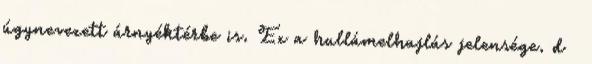
úgynevezett árnyéktérbe is. Ez a hullámelhajlás jelensége. d λ